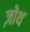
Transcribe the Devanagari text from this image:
ज़ोथ